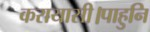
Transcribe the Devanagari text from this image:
करायासी।पाहुनि